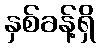
နှစ်ခန့်ရှိ